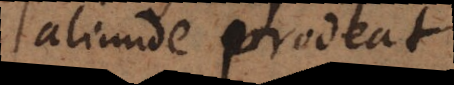
aliunde prodeat